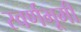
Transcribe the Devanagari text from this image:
स्वर्णभूमी